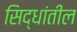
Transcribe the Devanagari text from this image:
सिद्धांतील